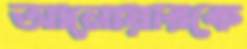
আনোয়ারকে